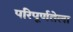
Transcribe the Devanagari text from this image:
परिपूर्णतेला